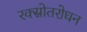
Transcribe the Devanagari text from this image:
रक्स्रोतरोधन